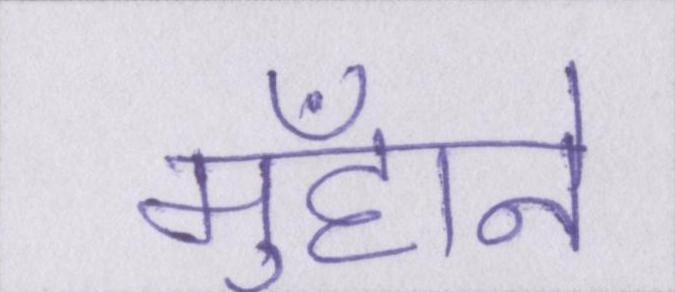
मुँहाने